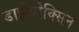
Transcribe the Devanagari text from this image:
डाईओक्सिन